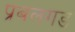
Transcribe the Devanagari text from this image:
प्रबलगड